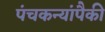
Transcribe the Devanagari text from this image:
पंचकन्यांपैकी